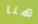
هنا